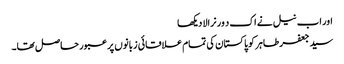
اور اب نیل نے اک د ور نرالا دیکھا
سید جعفر طاہر کو پاکستان کی تمام علاقائی زبانوں پر عبور حاصل تھا۔